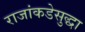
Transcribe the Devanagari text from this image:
राजांकडेसुद्धा